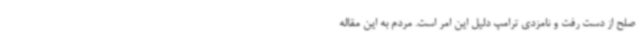
صلح از دست رفت و نامزدی ترامپ دلیل این امر است. مردم به این مقاله